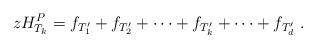
LaTeX: \begin{align*} zH_{T_k}^P = f_{T_1'} + f_{T_2'} + \cdots + f_{T_k'} + \cdots + f_{T_d'} \ . \end{align*}